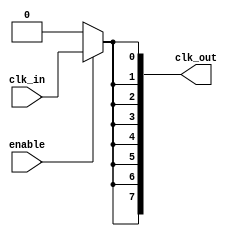
module high_fanout_clock_buffer (
    input wire clk_in,          // Single input clock
    input wire enable,          // Enable signal for power management
    output wire [7:0] clk_out   // Multiple clock outputs (8 output example)
);

// Internal signals for buffering
wire clk_buf;

// Buffering mechanism using inverters (or buffer cells in real implementation)
genvar i;
generate
    for (i = 0; i < 8; i = i + 1) begin : buffer_generation
        if (i == 0) begin
            // First buffer directly connected to the input clock
            assign clk_buf = clk_in;
        end
        // Buffer the clock signal to generate multiple outputs
        assign clk_out[i] = enable ? clk_buf : 1'b0; // Output driven by clk_buf when enabled
    end
endgenerate

endmodule